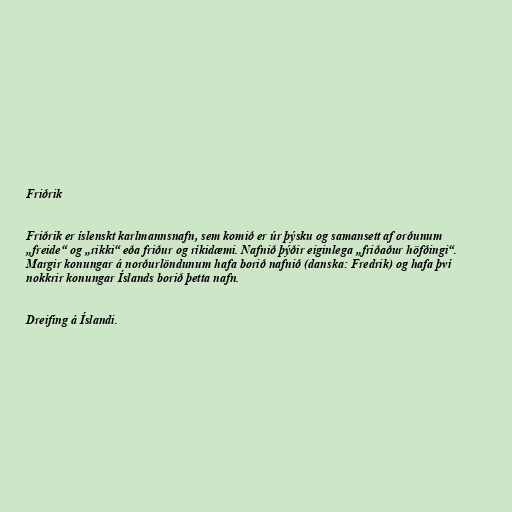
Friðrik

Friðrik er íslenskt karlmannsnafn, sem komið er úr þýsku og samansett af orðunum
„freide“ og „rikki“ eða friður og ríkidæmi. Nafnið þýðir eiginlega „friðaður höfðingi“.
Margir konungar á norðurlöndunum hafa borið nafnið (danska: Fredrik) og hafa því
nokkrir konungar Íslands borið þetta nafn.

Dreifing á Íslandi.